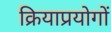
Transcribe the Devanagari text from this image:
क्रियाप्रयोगों